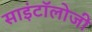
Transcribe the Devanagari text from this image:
साइंटॉलोजी